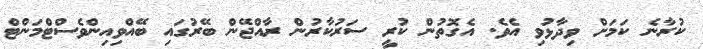
ކުރާނެ ކަމަށް ވިދާޅުވި އެވެ. އެގޮތުން ކުރީ ސަރުކާރުން ރާއްޖޭން ބޭރުގައި ބޭއްވިއިންވެސްޓްމަންޓް